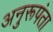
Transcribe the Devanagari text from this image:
अनुरूपंता